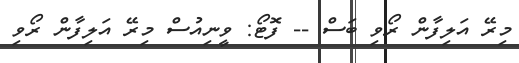
މިރޭ އަލިފާން ރޯވި ބަސް -- ފޮޓޯ: ވީނިއުސް މިރޭ އަލިފާން ރޯވި